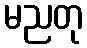
မညတု